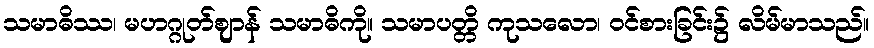
သမာဓိဿ၊ မဟဂ္ဂုတ်ဈာန် သမာဓိကို။ သမာပတ္တိ ကုသလော၊ ဝင်စားခြင်း၌ လိမ်မာသည်။